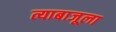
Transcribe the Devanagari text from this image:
त्याबाजूला